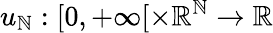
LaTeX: u_{\mathbb{N}}:[0,+\infty[\times\mathbb{{R}}^{\mathbb{N}}\to\mathbb{{R}}